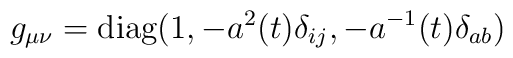
g_{\mu\nu}={\rm diag }(1,-a^2(t)\delta_{ij},-a^{-1}(t)\delta_{ab})